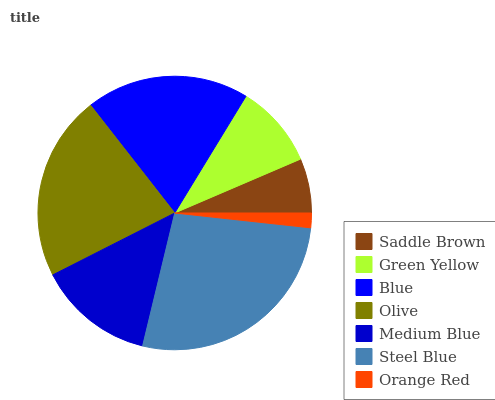
| Saddle Brown | Green Yellow | Blue | Olive | Medium Blue | Steel Blue | Orange Red |
 | --- | --- | --- | --- | --- | --- | --- |
 | 6.44% | 9.83% | 19.2% | 22% | 13.7% | 27% | 1.73% |